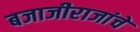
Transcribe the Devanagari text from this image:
बजाजीराजांचे